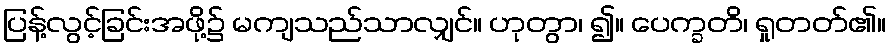
ပြန့်လွင့်ခြင်းအဖို့၌ မကျသည်သာလျှင်။ ဟုတွာ၊ ၍။ ပေက္ခတိ၊ ရှုတတ်၏။